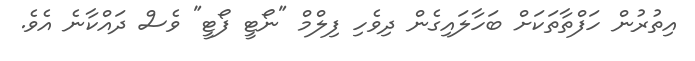
އިތުރުން ހަފްތާތަކަށް ބަހާލައިގެން ދިވެހި ފިލްމް "ނޯޓީ ފޯޓީ" ވެސް ދައްކާނެ އެވެ.